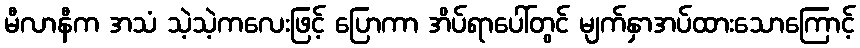
မီလာနီက အသံ သဲ့သဲ့ကလေးဖြင့် ပြောကာ အိပ်ရာပေါ်တွင် မျက်နှာအပ်ထားသောကြောင့်